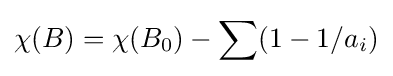
\chi (B)=\chi (B_{0})-\sum (1-1/a_{i})